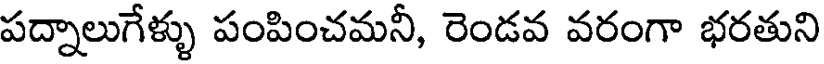
పద్నాలుగేళ్ళు పంపించమనీ, రెండవ వరంగా భరతుని